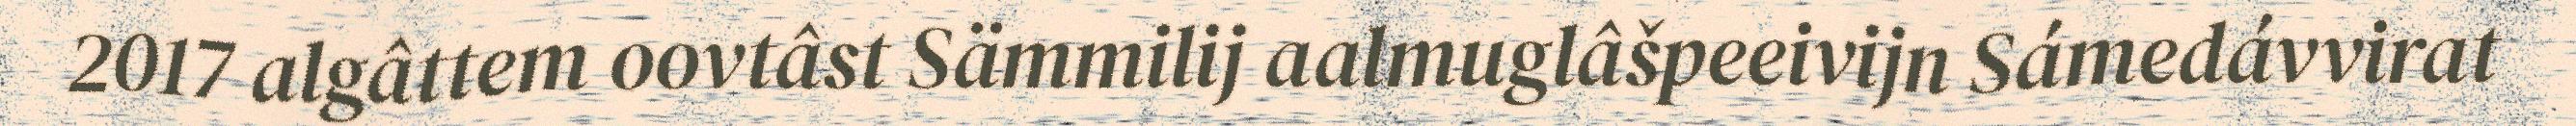
2017 algâttem oovtâst Sämmilij aalmuglâšpeeivijn Sámedávvirat